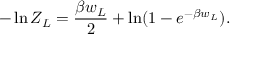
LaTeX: - \ln Z _ { L } = { \frac { \beta w _ { L } } { 2 } } + \ln ( 1 - e ^ { - \beta w _ { L } } ) .